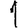
Digit: 1